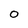
Character: 0